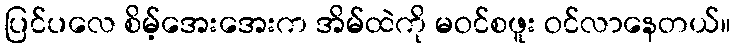
ပြင်ပလေ စိမ့်အေးအေးက အိမ်ထဲကို မဝင်စဖူး ဝင်လာနေတယ်။